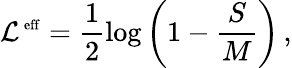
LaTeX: {\cal L}^{\mathrm{\scriptsize~eff}}=\frac 12\log\left(1-\frac SM\right)\, ,